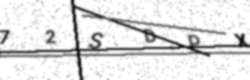
Text: 72SDPX